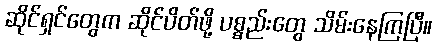
ဆိုင်ရှင်တွေက ဆိုင်ပိတ်ဖို့ ပစ္စည်းတွေ သိမ်းနေကြပြီ။